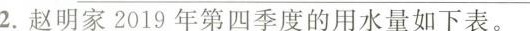
2.赵明家2019年第四季度的用水量如下表。